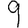
Digit: 9